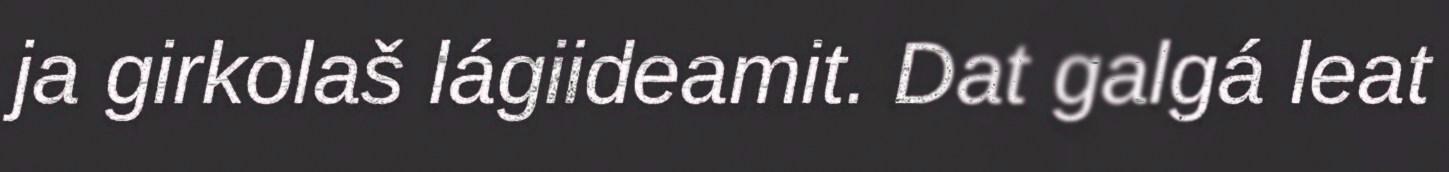
ja girkolaš lágiideamit. Dat galgá leat